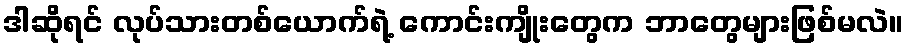
ဒါဆိုရင် လုပ်သားတစ်ယောက်ရဲ့ ကောင်းကျိုးတွေက ဘာတွေများဖြစ်မလဲ။